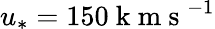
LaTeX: u_{*}=150\mathrm{~k~m~s~}^{-1}